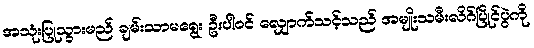
အသုံးပြုသွားမည် ချမ်းသာမရွေး ဦးပါဝင် လျှောက်သင့်သည် အမျိုးသမီးလိဂ်ပြိုင်ပွဲကို